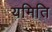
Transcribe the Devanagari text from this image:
यमिति